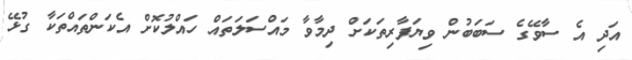
އަދި އެ ސާވޭގެ ސަބަބުން ވިޔަފާރިތަކަށް ދިމާވާ މައްސަލަތައް ހައްލުކޮށް އެކަންތައްތަކާ ގުޅޭ